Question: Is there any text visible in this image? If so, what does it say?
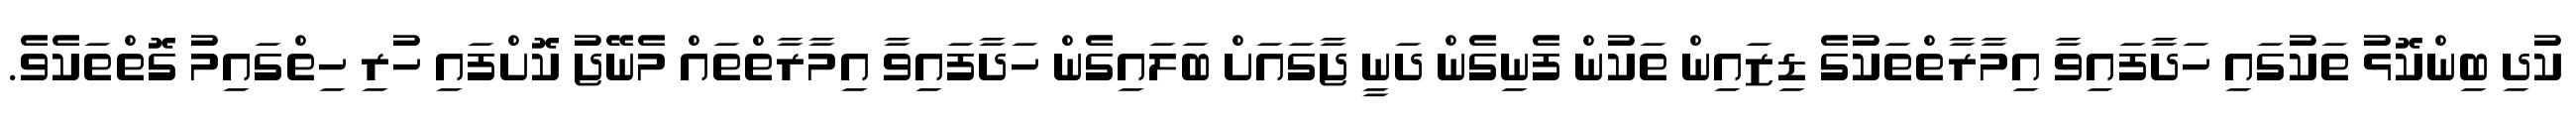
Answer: ކުދި ބިންކޮޅު ތަކުގައި ހަދާފައިވާ އިމާރާތްތަކުގެ ޑިޒައިން ތަކުން ފެނިގެން ދަނީ ޖާގައަށް ބަލައިގެން ހަދާފައިވާ އިމާރާތްތައް މެނޭޖު ކޮށްފައި ހުރި ހިތްގައިމު ގޮތްތަކެވެ.